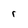
Character: r